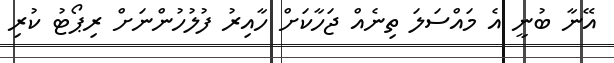
އޭނާ ބުނީ އެ މައްސަލަ ތިނެއް ޖަހާކަށް ހާއިރު ފުލުހުންނަށް ރިޕޯޓު ކުރި